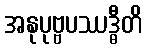
အနုပုဗ္ဗပဿဒ္ဓီတိ